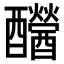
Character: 𨤂